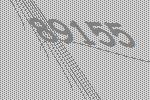
89155